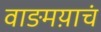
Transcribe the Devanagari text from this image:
वाङमय़ाचं